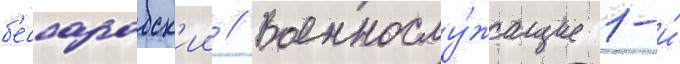
б'ессарабск'ии // Военнослу́жащие 1-и́